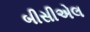
બીસીએલ